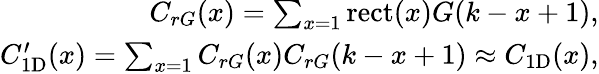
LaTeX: \begin{array}{r}{C_{rG}(x)=\sum_{x=1}\mathrm{rect}(x)G(k-x+1),}\\ {C_{\mathrm{1D}}^{\prime}(x)=\sum_{x=1}C_{rG}(x)C_{rG}(k-x+1)\approx C_{\mathrm{1D}}(x),}\end{array}